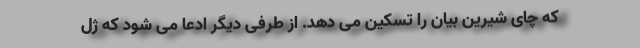
که چای شیرین بیان را تسکین می‌ دهد. از طرفی دیگر ادعا می‌ شود که ژل‌